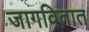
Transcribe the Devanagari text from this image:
जागवितात